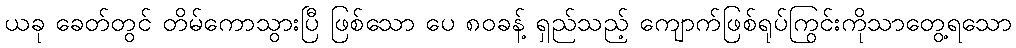
ယခု ခေတ်တွင် တိမ်ကောသွားပြီ ဖြစ်သော ပေ ၈၀ခန့် ရှည်သည့် ကျောက်ဖြစ်ရုပ်ကြွင်းကိုသာတွေ့ရသော